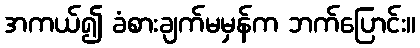
အကယ်၍ ခံစားချက်မမှန်က ဘက်ပြောင်း။